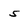
Character: 5